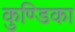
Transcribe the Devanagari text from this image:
कुण्डिका